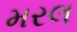
મરલ